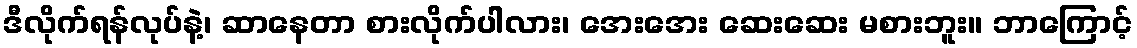
ဒီလိုက်ရန်လုပ်နဲ့၊ ဆာနေတာ စားလိုက်ပါလား၊ အေးအေး ဆေးဆေး မစားဘူး။ ဘာကြောင့်